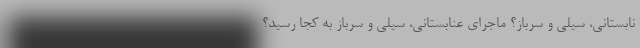
نابستانی، سیلی و سرباز؟ ماجرای عنابستانی، سیلی و سرباز به کجا رسید؟